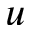
u